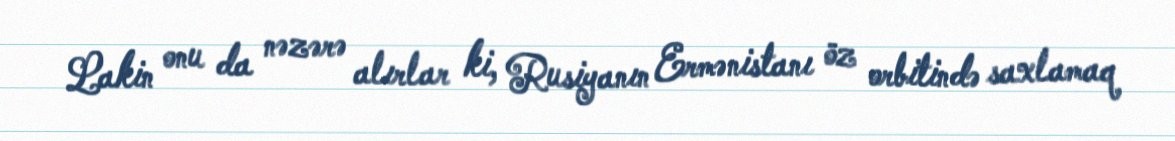
Lakin onu da nəzərə alırlar ki, Rusiyanın Ermənistanı öz orbitində saxlamaq